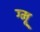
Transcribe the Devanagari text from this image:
ग्‍मू